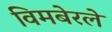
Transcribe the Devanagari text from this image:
विमबेरले